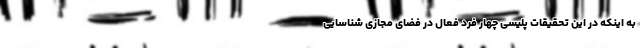
به اینکه در این تحقیقات پلیسی چهار فرد فعال در فضای مجازی شناسایی